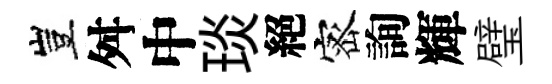
豈舛中琰絕宻詢輝璧